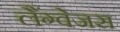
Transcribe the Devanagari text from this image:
लैंग्वेजस